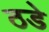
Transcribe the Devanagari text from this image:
ठडे